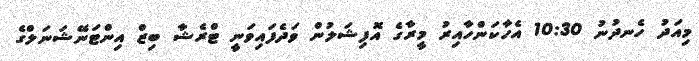
މިއަދު ހެނދުނު 10:30 އެހާކަންހާއިރު މީރާގެ އޮފިޝަލުން ވަދެފައިވަނީ ޓްރެޝާ ބިޒް އިންޓަނޭޝަނަލްގެ